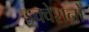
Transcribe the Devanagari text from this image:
इक्वेशनों